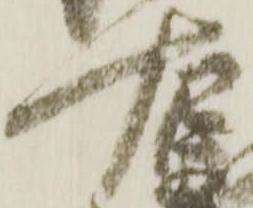
右